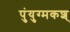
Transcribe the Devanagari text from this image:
पुंयुग्मकश्